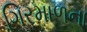
ગિરમાળના